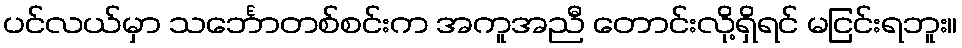
ပင်လယ်မှာ သင်္ဘောတစ်စင်းက အကူအညီ တောင်းလို့ရှိရင် မငြင်းရဘူး။